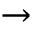
\rightarrow